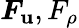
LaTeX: \boldsymbol{F}_{\mathbf{u}},F_{\rho}